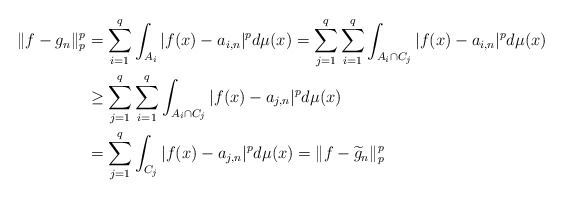
\begin{align*}\|f-g_n\|_p^p&=\sum_{i=1}^q\int_{A_i}|f(x)-a_{i,n}|^pd\mu(x)=\sum_{j=1}^q\sum_{i=1}^q\int_{A_i\cap C_j}|f(x)-a_{i,n}|^pd\mu(x) \\&\geq \sum_{j=1}^q\sum_{i=1}^q\int_{A_i\cap C_j}|f(x)-a_{j,n}|^pd\mu(x)\\&=\sum_{j=1}^q \int_{C_j} |f(x)-a_{j,n}|^pd\mu(x)=\|f-\widetilde g_n\|_p^p\end{align*}